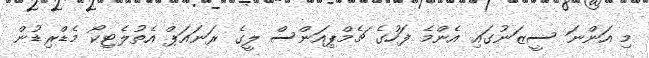
މި އަންނަ ސީޒަނުގައި އެންމެ ފަހުގެ ޗެމްޕިއަންސް ލީގެ ރަނައަޕް އެތުލެޓިކޯ މެޑްރިޑުން